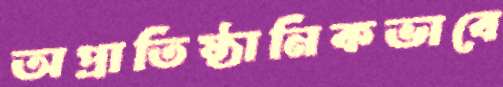
অপ্রাতিষ্ঠানিকভাবে